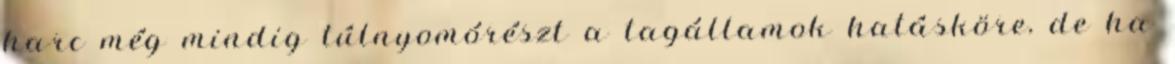
harc még mindig túlnyomórészt a tagállamok hatásköre, de ha